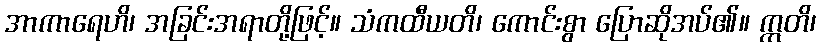
အာကာရေဟိ၊ အခြင်းအရာတို့ဖြင့်။ သံကထီယတိ၊ ကောင်းစွာ ပြောဆိုအပ်၏။ ဣတိ၊